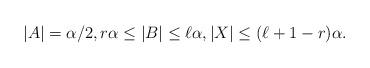
LaTeX: \begin{align*} |A| = \alpha/2,r\alpha\leq |B|\leq \ell\alpha, |X|\leq (\ell+1-r) \alpha. \end{align*}